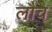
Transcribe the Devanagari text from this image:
लौच